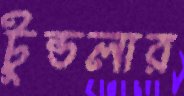
টুন্ডলার